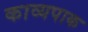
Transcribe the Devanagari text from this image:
काव्यपाक